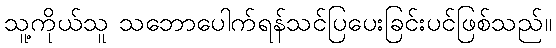
သူ့ကိုယ်သူ သဘောပေါက်ရန်သင်ပြပေးခြင်းပင်ဖြစ်သည်။